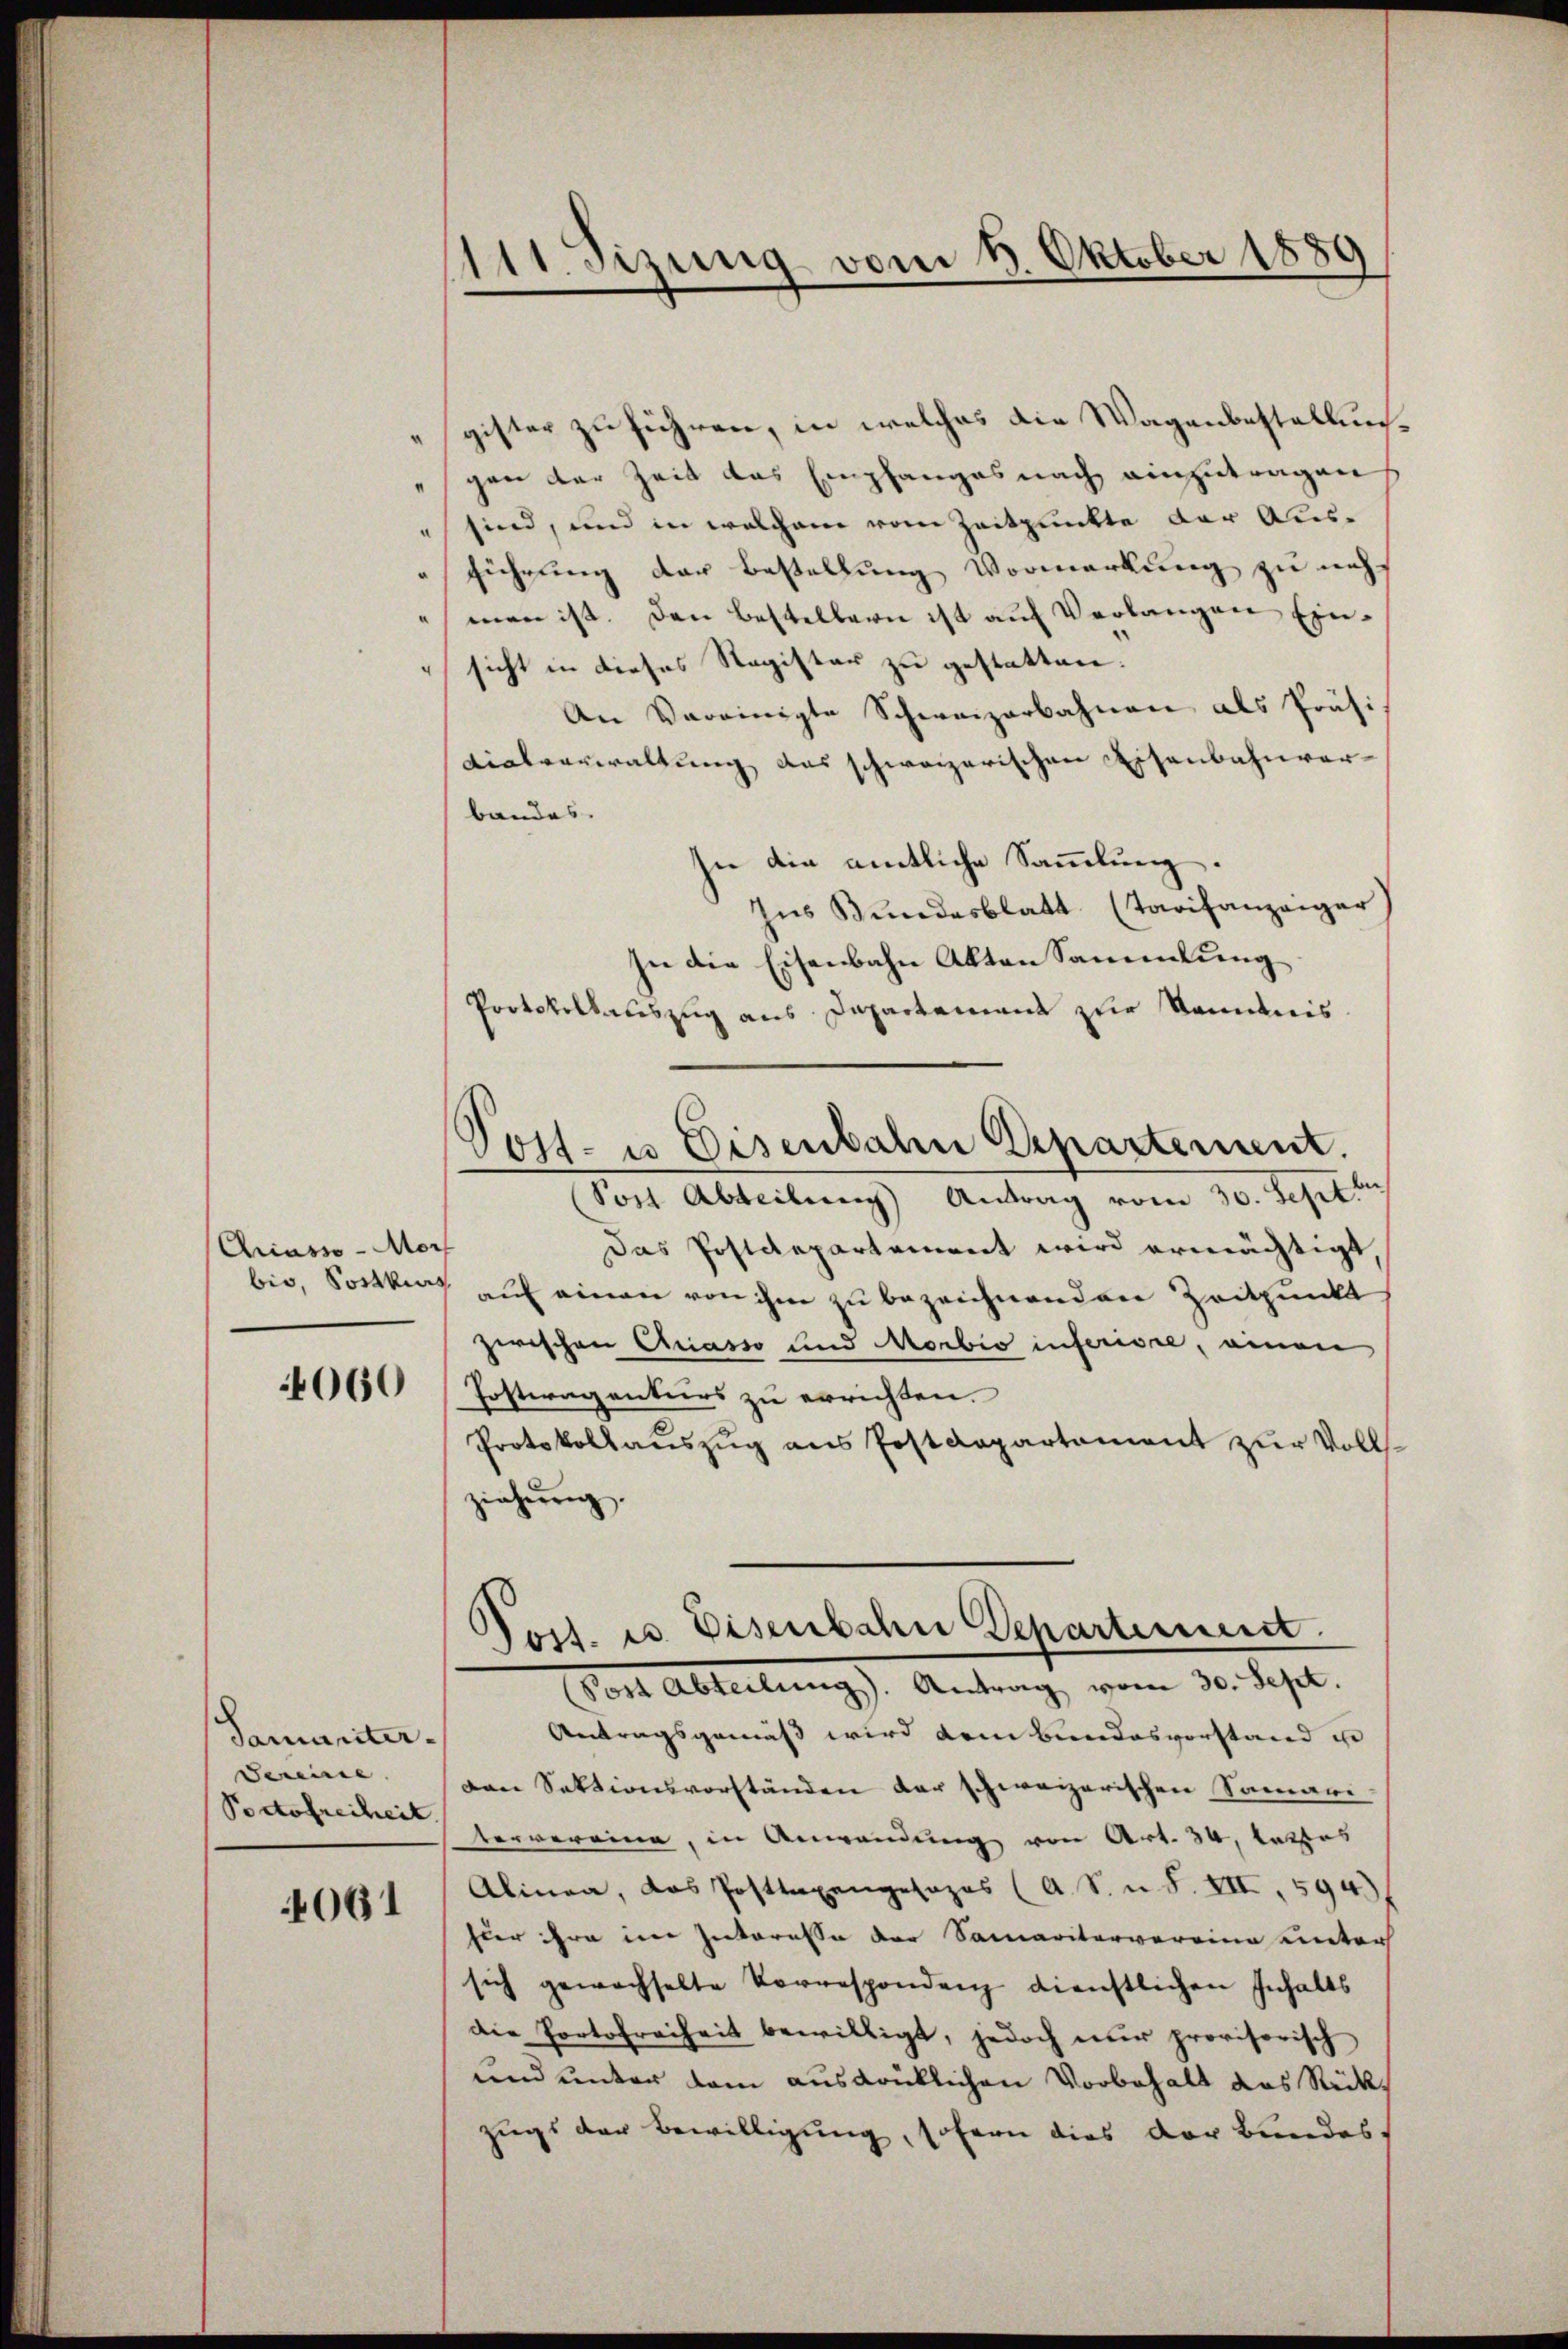
Criasso - Morf

Tamuriter.
Vereine
Portofreiheit.

4061

111. sizung vom 1. Oktober 1889

gister zu führen, in welches die Wagenbestellun¬
"gan der Zeit das Empfanges nach einzutragen
" sind, und in welchem vom Zeitpunkte der Aus¬
"führung der Bestellung Vormerkung zu nicht
man ist. Den Bestellern ist aŭf Verlangen Einsicht in dieses Register zu gestatten.
An Vereinigte Schweizerbahnen als Präsi-
vialverwaltung das schweizerischen Eisenbahnverbandes.
In die amtliche Sammlung.
hus Bundesblatt (Tarifanzeiger
In die Eisenbahn Akten Sammlung
Protokollauszug aus Departement zur Kenntnis
Sost Abteilung Antrag vom 30. Sept.
Das Postdepartement wird ermächtigt,
bis, Socken auf einen von ihm zu bezeichnenden Zeitpunkt
zwischen Quasso und Morbio inferiore, einen
060 (Posteragenturs zŭ errichten.
Protokollauszug aus Postdepartement zur Vollsziehŭng.
Post. u. Eisenbahn Departement.
(Post Abteilung). Antrag vom 30. Sept.
Antragsgemäß wird dem Bundesvorstand in
Den Sektionsvorständen der schweizerischen Samari-
tervereine, in Anwendung von Art. 34, Lattes
Alinea, das Posttagengesezes (A. S. n. F. VII, 594.)
hier ihre im Interesse der Samaritervereina unter
sich gewachselte Vorrespondenz dienstlichen Inhalts
die Portofreiheit bewilligt, jedoch nur provisorisch
und unter dem ausdrüklichen Vorbehalt das Rückzugs der Bewilligung, sofern dies der Bundes.

Vost- u Eisenbahn Departement.